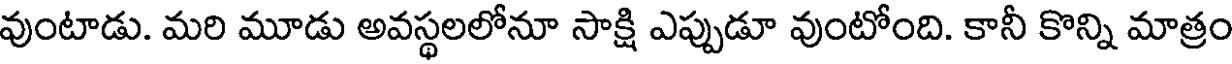
వుంటాడు. మరి మూడు అవస్థలలోనూ సాక్షి ఎప్పుడూ వుంటోంది. కానీ కొన్ని మాత్రం